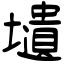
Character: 壝